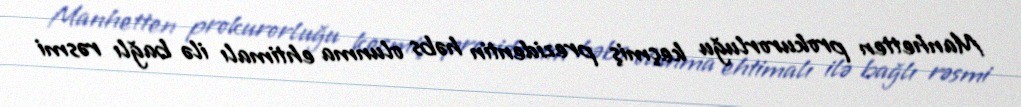
Manhetten prokurorluğu keçmiş prezidentin həbs olunma ehtimalı ilə bağlı rəsmi